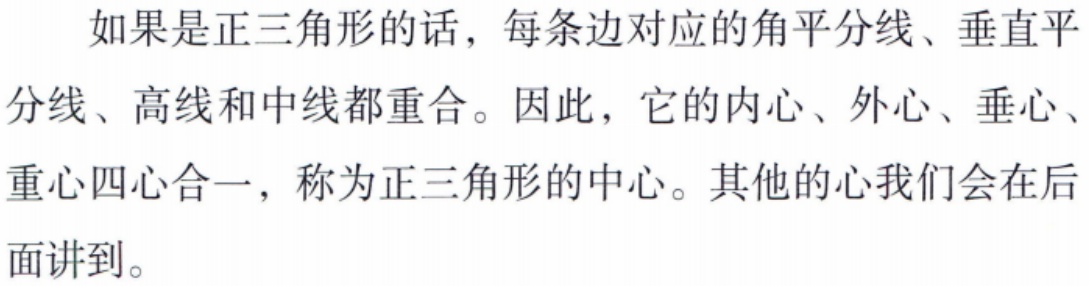
如果是正三角形的话，每条边对应的角平分线、垂直平分线、高线和中线都重合。因此，它的内心、外心、垂心、重心四心合一，称为正三角形的中心。其他的心我们会在后面讲到。